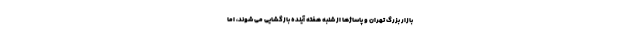
بازار بزرگ تهران و پاساژها از شنبه هفته آینده بازگشایی می شوند، اما